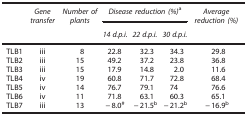
<table><thead><tr><td><b> </b></td><td><b><i>Gene transfer</i></b></td><td><b><i>Number of plants</i></b></td><td colspan="3"><b><i>Disease reduction (%)</i>a</b></td><td><b><i>Average reduction (%)</i></b></td></tr><tr><td><b> </b></td><td><b> </b></td><td><b> </b></td><td><b><i>14 d.p.i.</i></b></td><td><b><i>22 d.p.i.</i></b></td><td><b><i>30 d.p.i.</i></b></td><td><b> </b></td></tr></thead><tbody><tr><td>TLB1</td><td>iii</td><td>8</td><td>22.8</td><td>32.3</td><td>34.3</td><td>29.8</td></tr><tr><td>TLB2</td><td>iii</td><td>15</td><td>49.2</td><td>37.2</td><td>23.8</td><td>36.8</td></tr><tr><td>TLB3</td><td>iii</td><td>15</td><td>17.9</td><td>14.8</td><td>2.0</td><td>11.6</td></tr><tr><td>TLB4</td><td>iv</td><td>19</td><td>60.8</td><td>71.7</td><td>72.8</td><td>68.4</td></tr><tr><td>TLB5</td><td>iv</td><td>14</td><td>76.7</td><td>79.1</td><td>74</td><td>76.6</td></tr><tr><td>TLB6</td><td>iv</td><td>11</td><td>71.8</td><td>63.1</td><td>60.3</td><td>65.1</td></tr><tr><td>TLB7</td><td>iii</td><td>13</td><td>−8.0<sup>#</sup></td><td>−21.5b</td><td>−21.2b</td><td>−16.9b</td></tr></tbody></table>